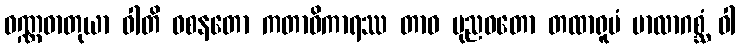
ဝဏ္ဏဓာတုယာ ဝါတိ ဝစနတော ကတာဓိကာရဿ တာဝ ပုညဝတော တထာရူပံ မာလာဂစ္ဆံ ဝါ